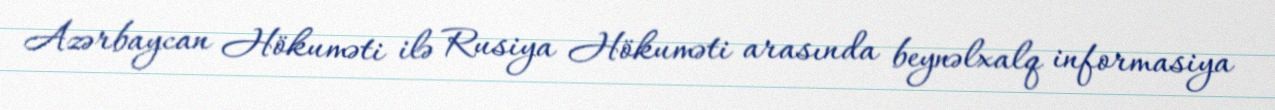
Azərbaycan Hökuməti ilə Rusiya Hökuməti arasında beynəlxalq informasiya